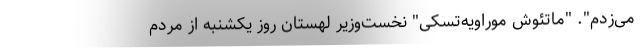
می‌زدم". "ماتئوش موراویه‌تسکی" نخست‌وزیر لهستان روز یکشنبه از مردم